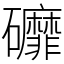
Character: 䃺